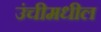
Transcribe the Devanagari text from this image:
उंचीमधील